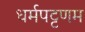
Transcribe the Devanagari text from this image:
धर्मपट्टणम